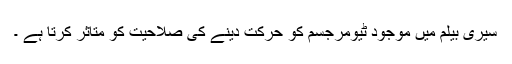
سیری بیلم میں موجود ٹیومرجسم کو حرکت دینے کی صلاحیت کو متاثر کرتا ہے ۔